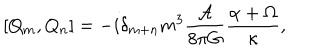
LaTeX: \left[ Q _ { m } , Q _ { n } \right] = - i \delta _ { m + n } m ^ { 3 } \frac { { \cal A } } { 8 \pi G } \frac { \alpha + \Omega } { \kappa } ,